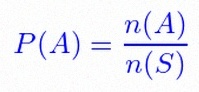
P(A)=\frac{n(A)}{n(S)}